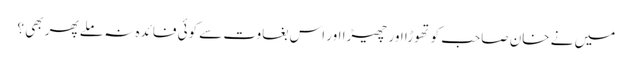
میں نے خان صاحب کو تھوڑا اور چھیڑا اور اس بغاوت سے کوئی فائدہ نہ ملے پھر بھی ؟